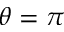
\theta = \pi